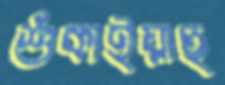
শুঁকাইয়াছ